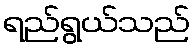
ရည်ရွယ်သည်